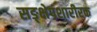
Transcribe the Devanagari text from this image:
सङ्क्षेपशारीरक